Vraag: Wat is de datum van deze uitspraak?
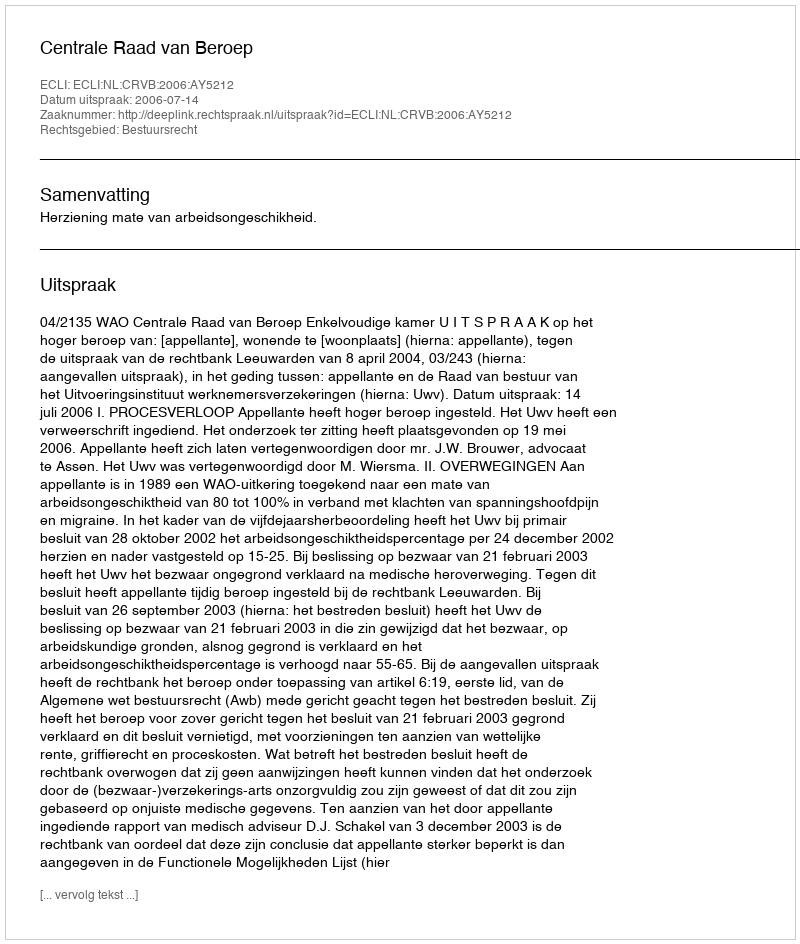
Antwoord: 2006-07-14